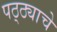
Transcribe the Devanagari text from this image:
पठ्ठ्याचे